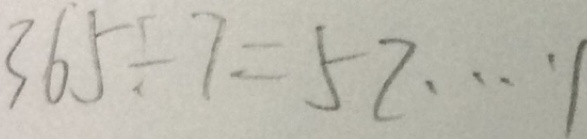
3 6 5 \div 7 = 5 2 \cdots 1